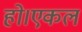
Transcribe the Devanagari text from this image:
हो।एकल